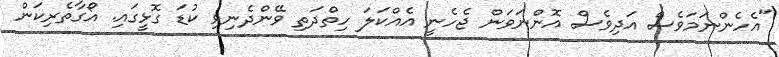
"އެހެންނަމަވެސް އަދިވެސް އޮންނަވަން ޖެހެނީ އެއްކަލަ ހިތްދަތި ވޭންދެނިވި ކުޑަ ގޮޅީގައި. އޯގާތެރިކަން